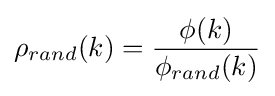
\rho _{rand}(k)={\frac {\phi (k)}{\phi _{rand}(k)}}